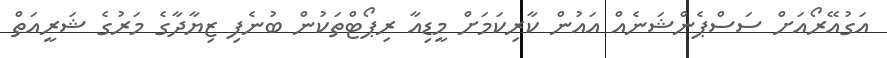
އަގުއޭރޯއަށް ސަސްޕެންޝަނެއް އައުން ކާރިކަމަށް މީޑިއާ ރިޕޯޓްތަކުން ބުނެފި ޒިޔާދާގެ މަރުގެ ޝަރީއަތް